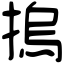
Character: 摀